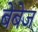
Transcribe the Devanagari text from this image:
बेबेज